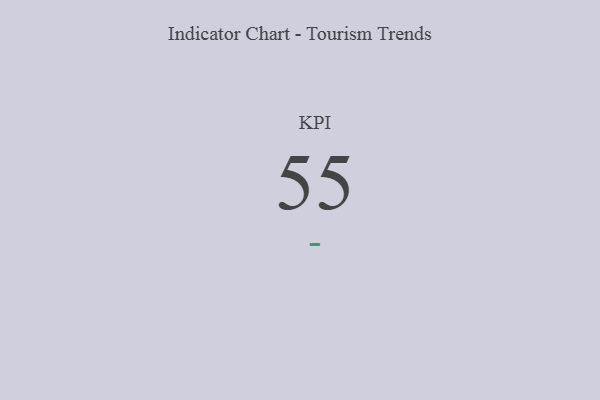
{"axis": {"x": "KPI", "y": "Value"}, "legend": [""], "data": [{"x": "KPI", "y": 55, "type": ""}]}